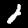
Digit: 2